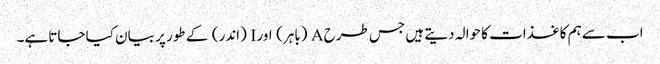
اب سے ہم کاغذات کا حوالہ دیتے ہیں جس طرح A (باہر) اور I (اندر) کے طور پر بیان کیا جاتا ہے۔